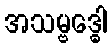
အသမ္ဗဒ္ဓေါ